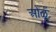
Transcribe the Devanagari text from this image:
ओळूँ